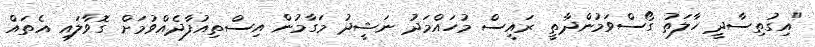
"އިގުތިސާދީ ހާލަތު ގޯސްވަމުންދާތީ ރައީސް މުހައްމަދު ނަޝީދު މަގާމުން އިސްތިއުފާދެއްވުމަށް ގޮވާލައި އެތައް